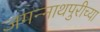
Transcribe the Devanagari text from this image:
जगन्‍नाथपुरीच्या